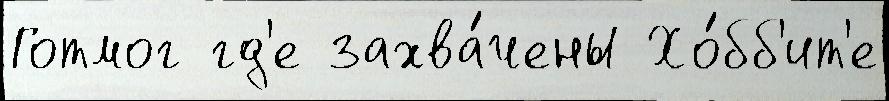
Готмог гд'е захва́чены Хо́бб'ит'е